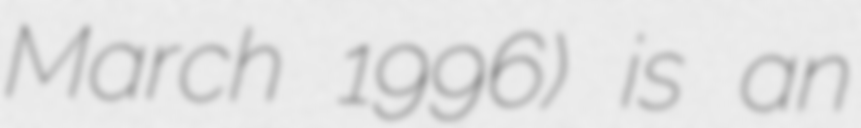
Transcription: March 1996) is an